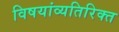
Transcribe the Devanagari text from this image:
विषयांव्यतिरिक्त